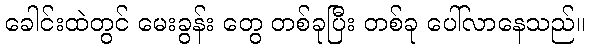
ခေါင်းထဲတွင် မေးခွန်း တွေ တစ်ခုပြီး တစ်ခု ပေါ်လာနေသည်။